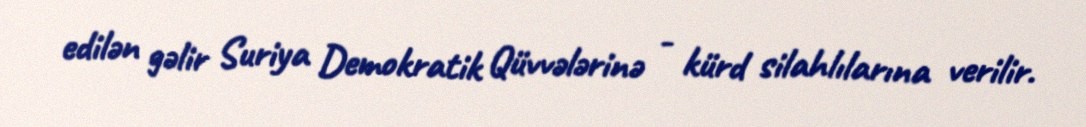
edilən gəlir Suriya Demokratik Qüvvələrinə - kürd silahlılarına verilir.